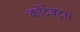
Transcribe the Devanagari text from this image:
कोंट्रेक्ट्स